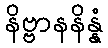
နိဗ္ဗာနနိန္နံ